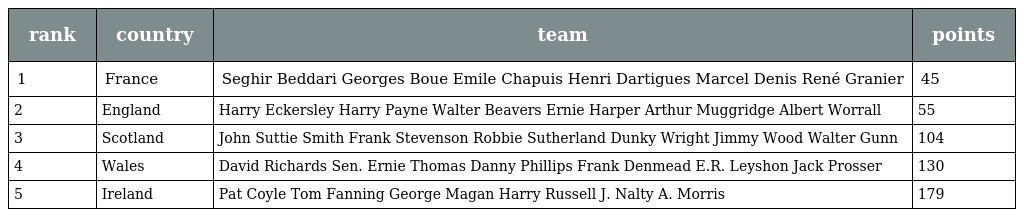
| rank | country | team | points |
 | --- | --- | --- | --- |
 | 1 | France | Seghir Beddari Georges Boue Emile Chapuis Henri Dartigues Marcel Denis René Granier | 45 |
 | 2 | England | Harry Eckersley Harry Payne Walter Beavers Ernie Harper Arthur Muggridge Albert Worrall | 55 |
 | 3 | Scotland | John Suttie Smith Frank Stevenson Robbie Sutherland Dunky Wright Jimmy Wood Walter Gunn | 104 |
 | 4 | Wales | David Richards Sen. Ernie Thomas Danny Phillips Frank Denmead E.R. Leyshon Jack Prosser | 130 |
 | 5 | Ireland | Pat Coyle Tom Fanning George Magan Harry Russell J. Nalty A. Morris | 179 |